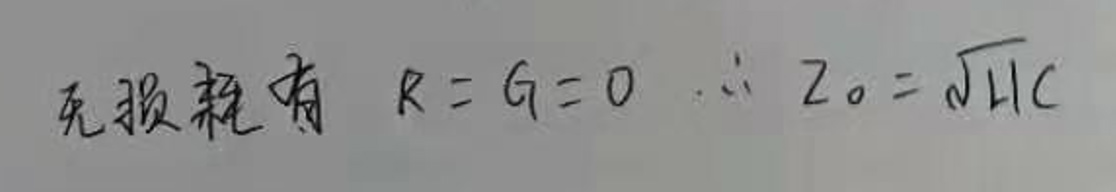
无损耗有 $R = G = 0$  $\therefore Z_0=\sqrt{\frac{L}{C}}$